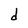
Character: d